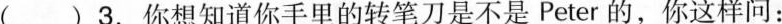
( )3.你想知道你手里的转笔刀是不是Peter的，你这样问：